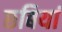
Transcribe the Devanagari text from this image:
छबियां